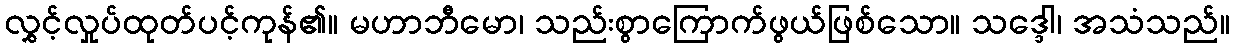
လွှင့်လှုပ်ထုတ်ပင့်ကုန်၏။ မဟာဘီမော၊ သည်းစွာကြောက်ဖွယ်ဖြစ်သော။ သဒ္ဒေါ၊ အသံသည်။